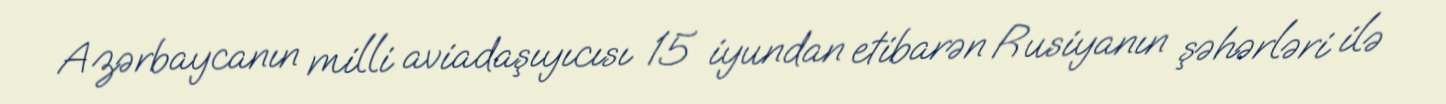
Azərbaycanın milli aviadaşıyıcısı 15 iyundan etibarən Rusiyanın şəhərləri ilə